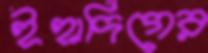
ইহাদিগের